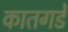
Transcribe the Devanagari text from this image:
कातगडे